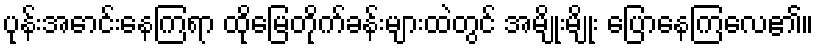
ပုန်းအောင်းနေကြရာ ထိုမြေတိုက်ခန်းများထဲတွင် အမျိုးမျိုး ပြောနေကြလေ၏။